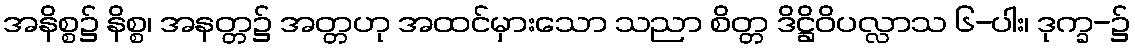
အနိစ္စ၌ နိစ္စ၊ အနတ္တ၌ အတ္တဟု အထင်မှားသော သညာ စိတ္တ ဒိဋ္ဌိဝိပလ္လာသ ၆-ပါး၊ ဒုက္ခ-၌